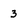
Character: 3